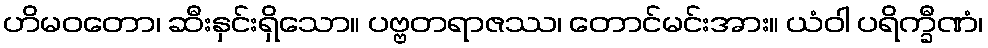
ဟိမဝတော၊ ဆီးနှင်းရှိသော။ ပဗ္ဗတရာဇဿ၊ တောင်မင်းအား။ ယံဝါ ပရိက္ခီဏံ၊